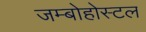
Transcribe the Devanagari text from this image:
जम्बोहोस्टल